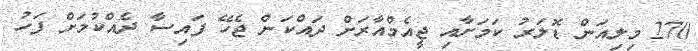
270 މިލިއަން ޑޮލަރު ކަމަށާއި ޖީއެމްއާރަށް ދައްކަން ޖެހޭ ފައިސާ ދެއްކުމަށް ފަހު